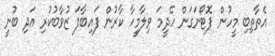
އެތާތިބި މީހުން ފޮޓޯނަގަން ހެދީމަ ވިލާމީހާ ކާރުން ފައިބާފަ ޒުވާބުކުރި އަދި ބުނީ